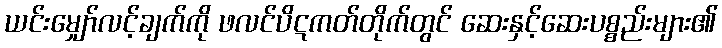
ယင်းမျှော်လင့်ချက်ကို ဖလင်ပိဋကတ်တိုက်တွင် ဆေးနှင့်ဆေးပစ္စည်းများ၏